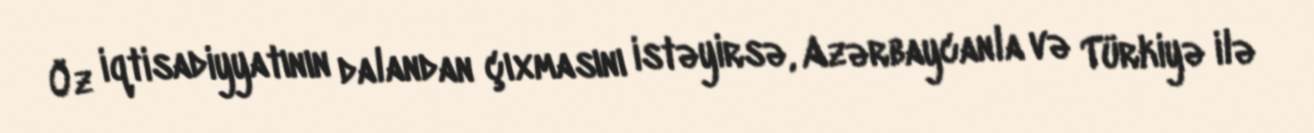
Öz iqtisadiyyatının dalandan çıxmasını istəyirsə, Azərbaycanla və Türkiyə ilə